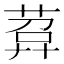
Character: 𦴰